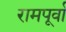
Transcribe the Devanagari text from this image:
रामपूर्वा